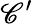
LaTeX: \mathscr{C}^{\prime}